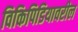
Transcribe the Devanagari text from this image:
विकिपिडियावरील